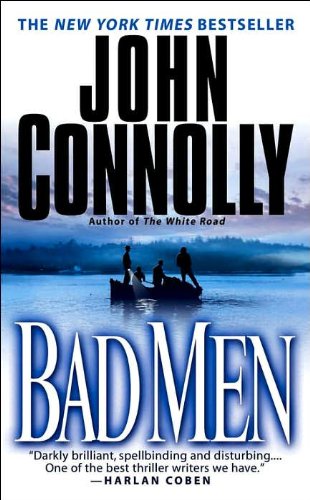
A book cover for Bad Men: A Thriller; John Connolly; Literature & Fiction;